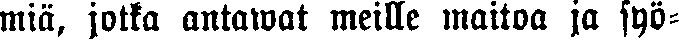
miä, jotka antawat meille maitoa ja syö-